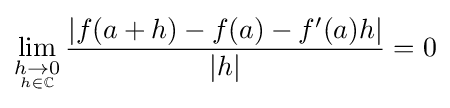
\lim _{\underset {h\in \mathbb {C} }{h\to 0}}{\frac {|f(a+h)-f(a)-f'(a)h|}{|h|}}=0